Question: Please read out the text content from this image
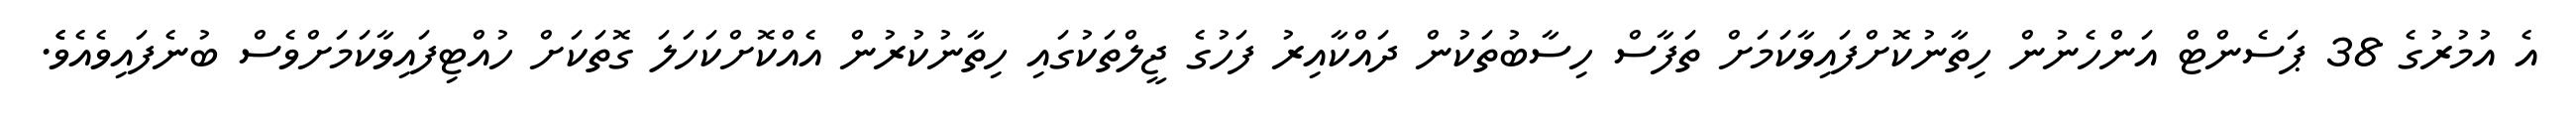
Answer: އެ އުމުރުގެ 38 ޕަސެންޓް އަންހެނުން ހިތާނުކޮށްފައިވާކަމަށް ތަފާސް ހިސާބުތަކުން ދައްކާއިރު ފަހުގެ ޖީލްތަކުގައި ހިތާނުކުރުން އެއްކޮށްކަހަލަ ގޮތަކަށް ހުއްޓިފައިވާކަމަށްވެސް ބުނެފައިވެއެވެެ.